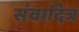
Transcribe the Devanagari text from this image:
संवादित्र